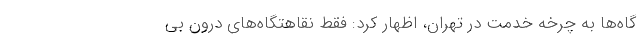
گاه‌ها به چرخه خدمت در تهران، اظهار کرد: فقط نقاهتگاه‌های درون بی